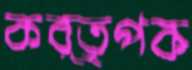
কর্তৃপক